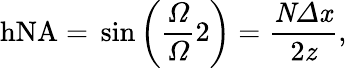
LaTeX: \mathrm{{hNA}=\mathrm{{}\sin\left(\frac{\mathit{\Omega}}{\mathit{\Omega}}{{2}}\right)=\frac{\mathit{N\Delta x}}{2\mathit{z}},}}